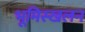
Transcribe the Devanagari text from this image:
भूमिस्खलन